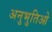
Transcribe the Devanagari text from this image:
अनुभुतिओ